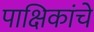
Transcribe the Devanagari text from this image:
पाक्षिकांचे